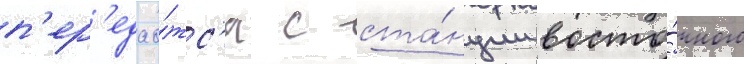
п'ер'едао́тс'я с ста́нции восто́чного